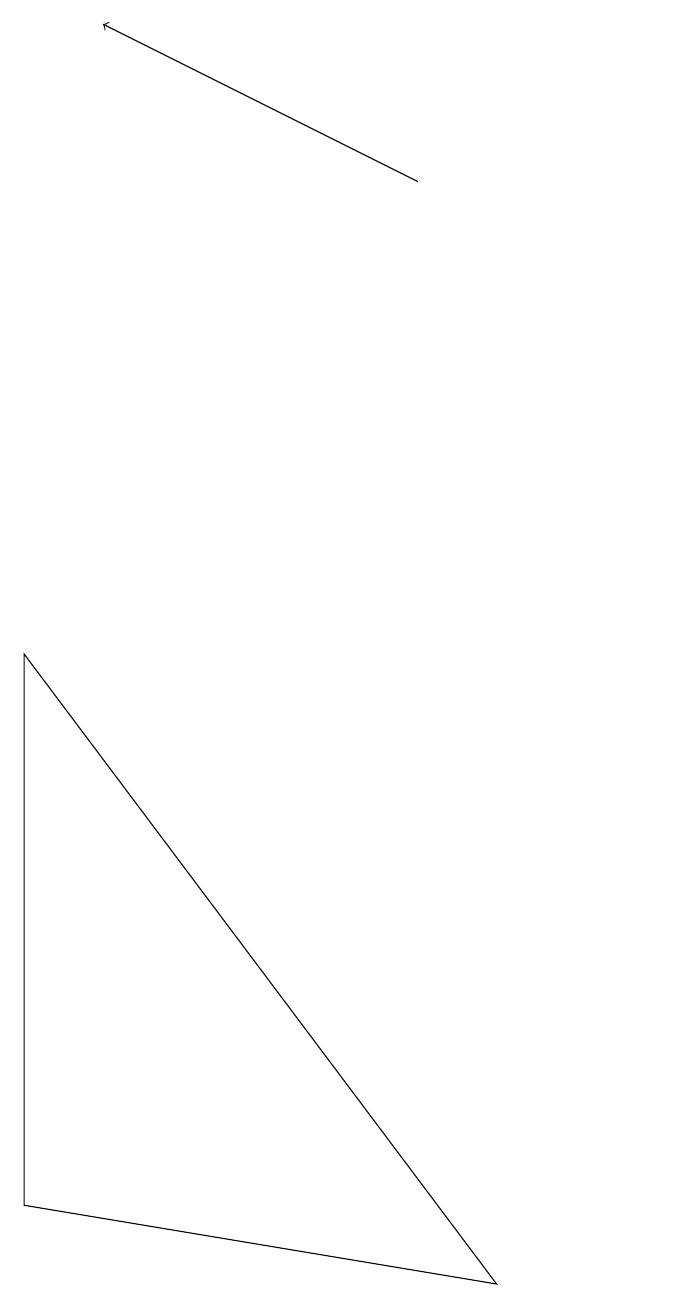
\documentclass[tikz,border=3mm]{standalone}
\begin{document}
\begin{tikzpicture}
\draw (11,10) circle (0);
\draw[->] (8,14) -- (4,16);
\draw (3,8) -- (9,0) -- (3,1) -- cycle;
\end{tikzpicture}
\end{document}